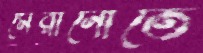
মেরানোতে